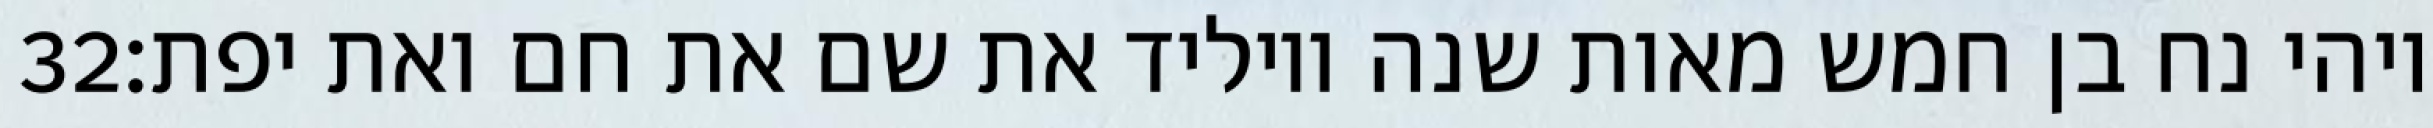
‎32‏ ויהי נח בן חמש מאות שנה ויוליד את שם את חם ואת יפת׃